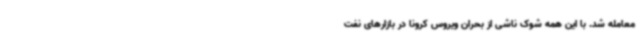
معامله شد. با این همه شوک ناشی از بحران ویروس کرونا در بازارهای نفت